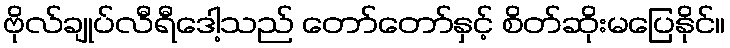
ဗိုလ်ချုပ်လီရီဒေါ့သည် တော်တော်နှင့် စိတ်ဆိုးမပြေနိုင်။